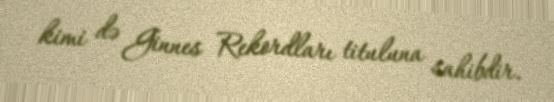
kimi də Ginnes Rekordları tituluna sahibdir.